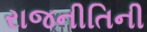
રાજનીતિની